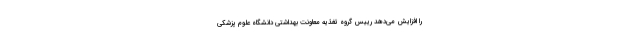
را افزایش می‌دهد رییس گروه تغذیه معاونت بهداشتی دانشگاه علوم پزشکی